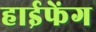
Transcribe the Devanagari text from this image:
हाईफेंग